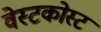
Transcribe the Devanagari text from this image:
वेस्टकोस्ट